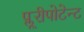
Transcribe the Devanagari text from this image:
प्लूरीपोटेन्ट